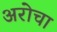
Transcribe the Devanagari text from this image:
अरोचा